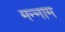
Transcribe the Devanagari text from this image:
मन्नाम